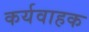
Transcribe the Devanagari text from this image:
कर्यवाहक